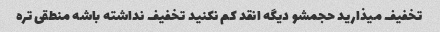
تخفیف میذارید حجمشو دیگه انقد کم نکنید تخفیف نداشته باشه منطقی تره